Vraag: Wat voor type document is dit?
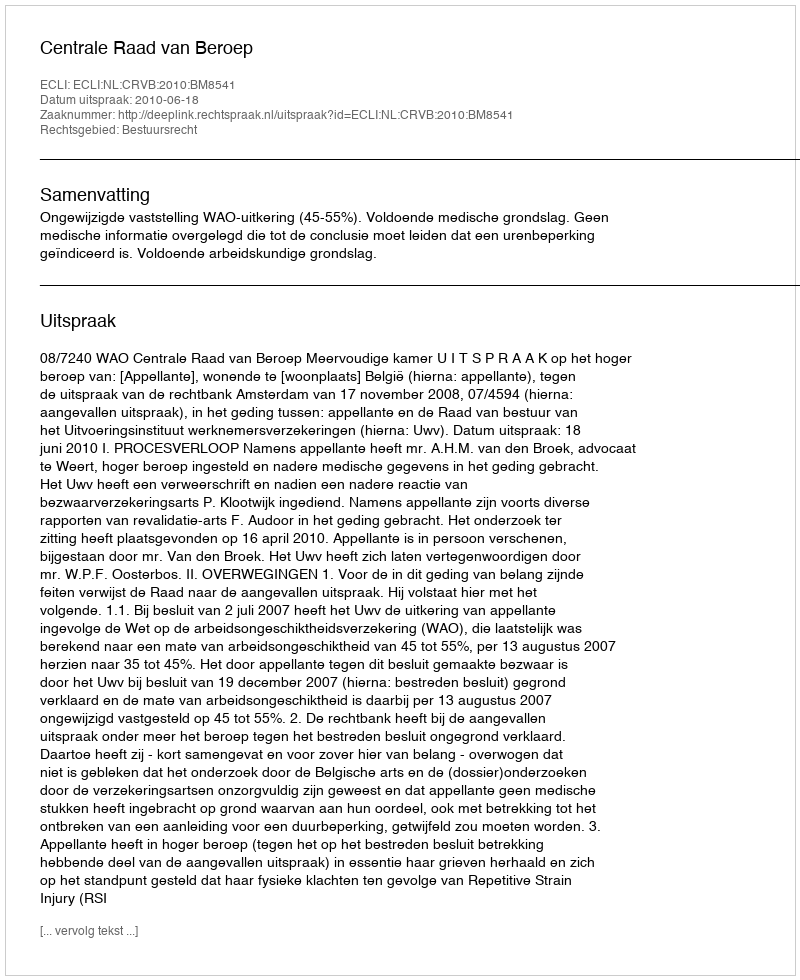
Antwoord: Uitspraak